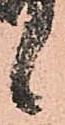
候